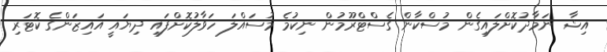
އިޝާ ނަމާދުކޮށްލައިގެން މުސްކާން ގެސްޓްރޫމުން ނިކުމެ މުސައްލަ ހަވާލުކޮށްފައި ދިޔައީ އައިޒަންގެ ކޮޓަރި